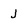
Character: j